ELKNU_Viljandimaa_Komitee, lk 3
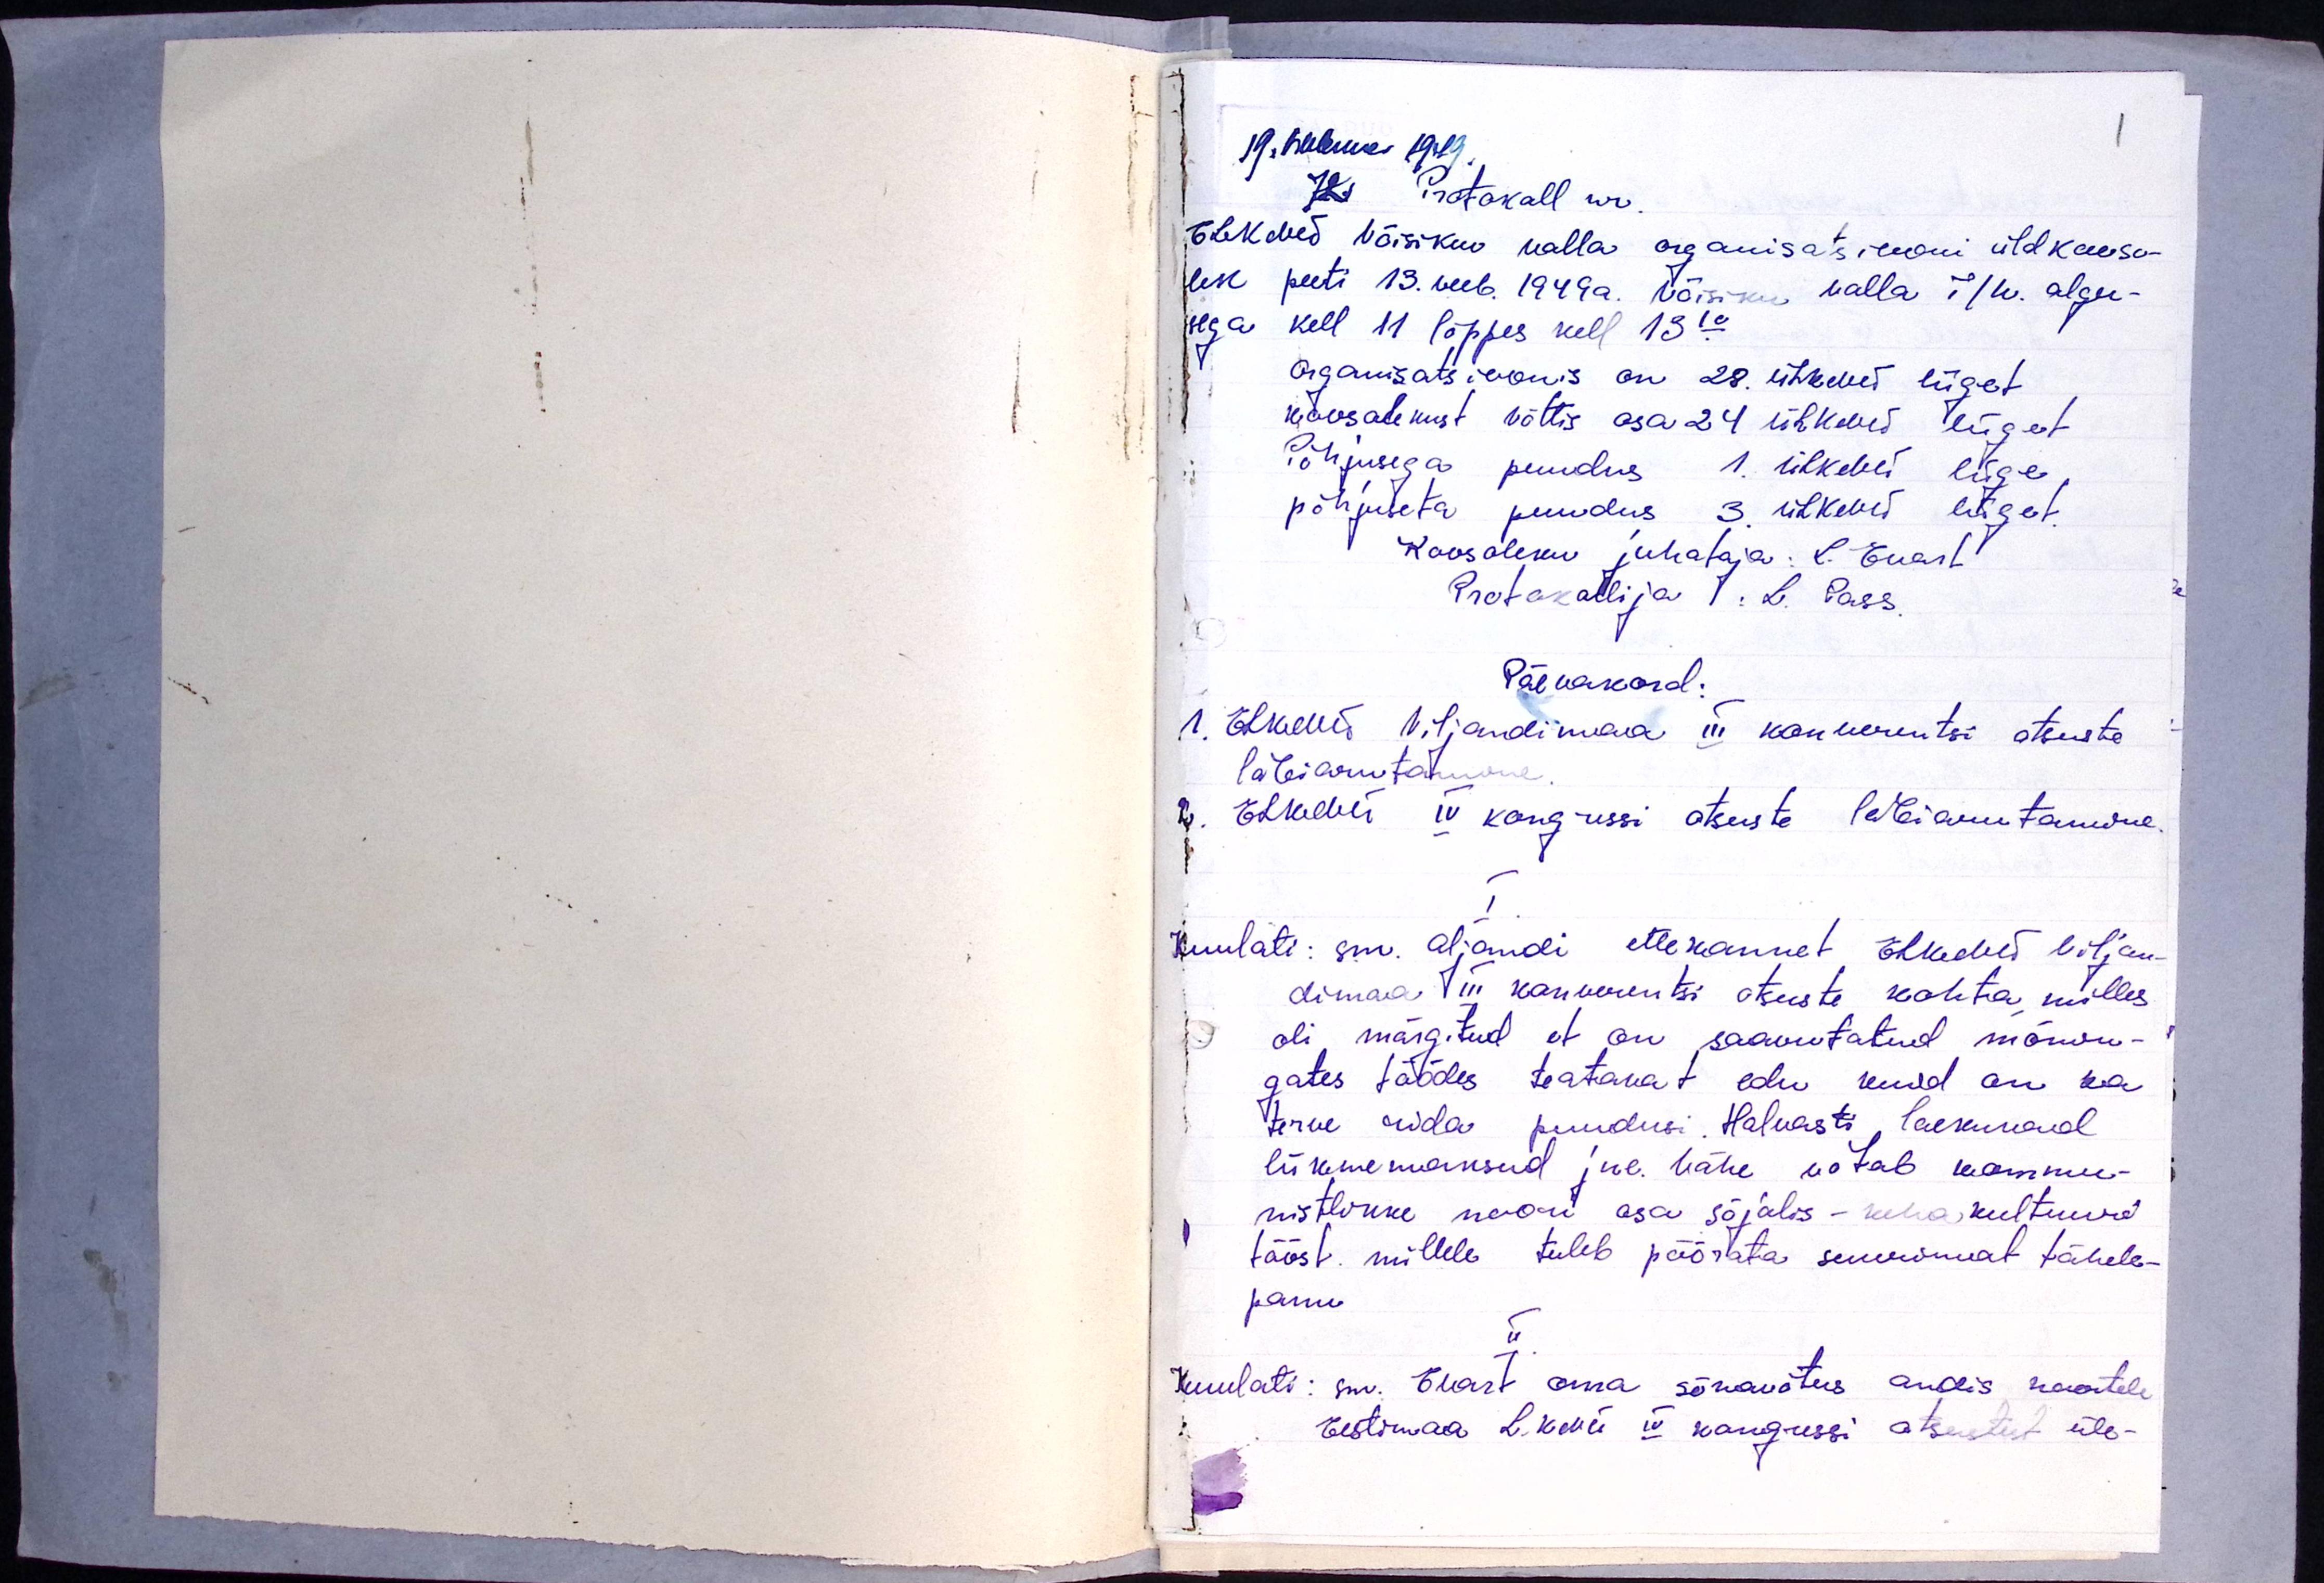
19. Weebruar 1949
1
Protokoll nr.
ELKNÜ Võisikuv valla organisatsiooni üldkooso-
lek peeti 13. veeb. 1949a. Võisikus valla T/k. algu-
sega kell 11 lõppes kell 13.10
organisatsioonis on 28 ÜLKNÜ liiget
koosolekust võttis osa 24 ÜLKNÜ liiget
Põhjusega puudus 1 ÜLKNÜ liige,
põhjuseta puudus 3 ÜLKNÜ liiget
Koosoleku juhataja: L. Enart
Protokollija L. Pass.
Päevakord:
1. ELKNÜ Viljandimaa III konverentsi otsuste
läbiarutamine
2. ELKNÜ IV kongressi otsuste läbiarutamine.
I.
Kuulati: sm. Aljandi ettekannet ELKNÜ Viljan-
dimaa III konverentsi otsuste kohta, milles
oli märgitud, et on saavutatud mõnin-
gates töödes teatavat edu kuid on ka
terve rida puudusi. Halvasti laekuvad
liikmemaksud jne. Vähe võtab kommu-
nistlukke noori osa sõjalis - kehakultuui
tööst millele tuleb pöörata suuremat tähele-
panu.
II
Kuulati: sm. Elart oma sõnavõtus andis noortele
Eestimaa L.KNÜ II kongressi otsustest üle-